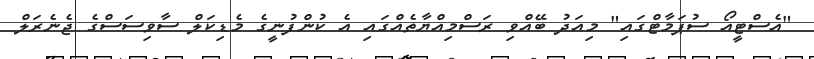
"އެސްޓީއޯ ސުޕަމާޓްގައި" މިއަދު ބޭއްވި ރަސްމިއްޔާތެއްގައި އެ ކުންފުނީގެ މެޑިކަލް ސާވިސަސްގެ ޖެނެރަލް